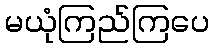
မယုံကြည်ကြပေ